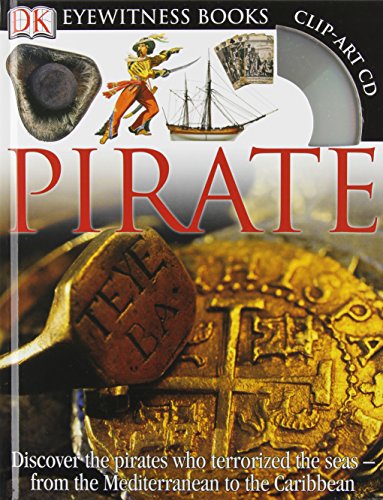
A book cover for Pirate (DK Eyewitness Books); Richard Platt; Children's Books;